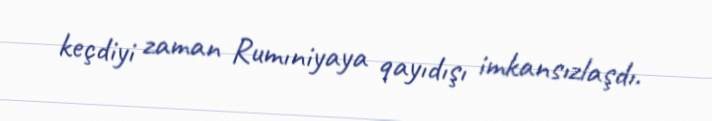
keçdiyi zaman Rumıniyaya qayıdışı imkansızlaşdı.